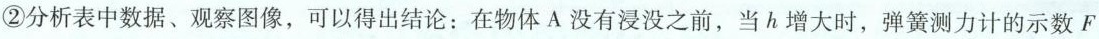
②分析表中数据、观察图像，可以得出结论：在物体A没有浸没之前，当h增大时，弹簧测力计的示数F